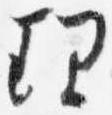
理